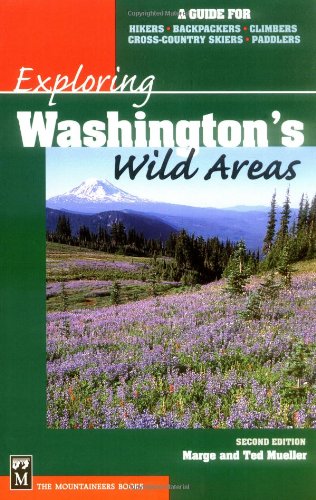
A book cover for Exploring Washington's Wild Areas: A Guide for Hikers, Backpackers, Climbers, Cross-Country Skiers, Paddlers; Marge Mueller; Travel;